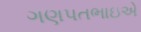
ગણપતભાઇએ